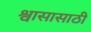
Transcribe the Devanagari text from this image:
श्वासासाठी